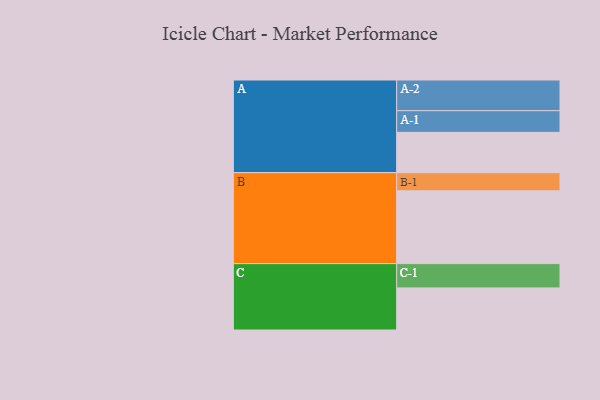
{"axis": {"x": "Segment", "y": "Value"}, "legend": ["", "A", "B", "C"], "data": [{"x": "A", "y": 322, "type": ""}, {"x": "B", "y": 581, "type": ""}, {"x": "C", "y": 336, "type": ""}, {"x": "A-1", "y": 173, "type": "A"}, {"x": "A-2", "y": 245, "type": "A"}, {"x": "B-1", "y": 145, "type": "B"}, {"x": "C-1", "y": 194, "type": "C"}]}